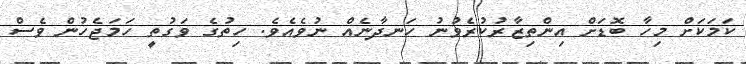
ކަމަކަށް މިހާ ބޮޑަށް އިންތިޒާރުކުރެވުނު ހަނދާނެއް ނުވެއެވެ. ހިތުގެ ވަގުތީ ހަމަޖެހުން ވެސް